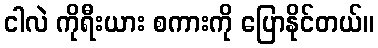
ငါလဲ ကိုရီးယား စကားကို ပြောနိုင်တယ်။